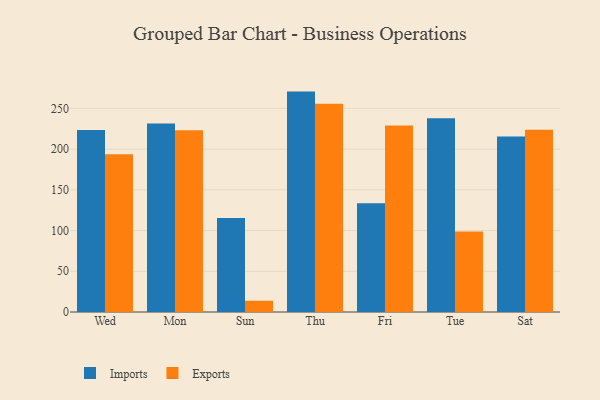
{"axis": {"x": "Day", "y": "Headcount"}, "legend": ["Exports", "Imports"], "data": [{"x": "Wed", "y": 223.4, "type": "Imports"}, {"x": "Wed", "y": 193.6, "type": "Exports"}, {"x": "Mon", "y": 231.5, "type": "Imports"}, {"x": "Mon", "y": 223.3, "type": "Exports"}, {"x": "Sun", "y": 115.3, "type": "Imports"}, {"x": "Sun", "y": 13.8, "type": "Exports"}, {"x": "Thu", "y": 270.6, "type": "Imports"}, {"x": "Thu", "y": 255.8, "type": "Exports"}, {"x": "Fri", "y": 133.5, "type": "Imports"}, {"x": "Fri", "y": 229.1, "type": "Exports"}, {"x": "Tue", "y": 237.9, "type": "Imports"}, {"x": "Tue", "y": 98.8, "type": "Exports"}, {"x": "Sat", "y": 215.6, "type": "Imports"}, {"x": "Sat", "y": 223.8, "type": "Exports"}]}